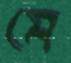
মে